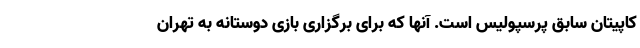
کاپیتان سابق پرسپولیس است. آنها که برای برگزاری بازی دوستانه به تهران